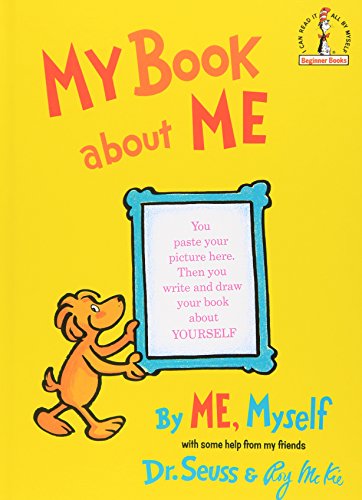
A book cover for My Book About Me; Dr. Seuss; Children's Books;